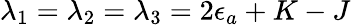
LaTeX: \lambda_{1}=\lambda_{2}=\lambda_{3}=2\epsilon_{a}+K-J